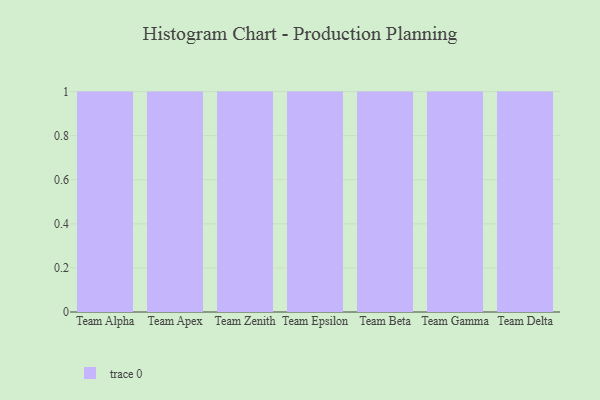
{"axis": {"x": "Team", "y": "Operating Costs (USD K)"}, "legend": [""], "data": [{"x": "Team Alpha", "y": 76, "type": ""}, {"x": "Team Apex", "y": 2, "type": ""}, {"x": "Team Zenith", "y": 72, "type": ""}, {"x": "Team Epsilon", "y": 23, "type": ""}, {"x": "Team Beta", "y": 92, "type": ""}, {"x": "Team Gamma", "y": 40, "type": ""}, {"x": "Team Delta", "y": 6, "type": ""}]}